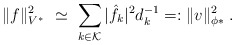
\begin{align*}\Vert f \Vert_{V^*}^2 \ \simeq \ \sum_{k \in {\cal K}} |\hat{f}_k|^2 d_k^{-1}=:\Vert v \Vert_{\phi*}^2\;.\end{align*}